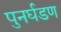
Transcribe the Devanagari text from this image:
पुनर्घडण